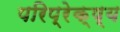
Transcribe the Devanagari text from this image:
परिप्रेक्ष्‍य